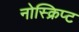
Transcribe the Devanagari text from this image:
नोस्क्रिप्ट